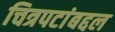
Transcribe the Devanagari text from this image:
चित्रपटांबद्दल